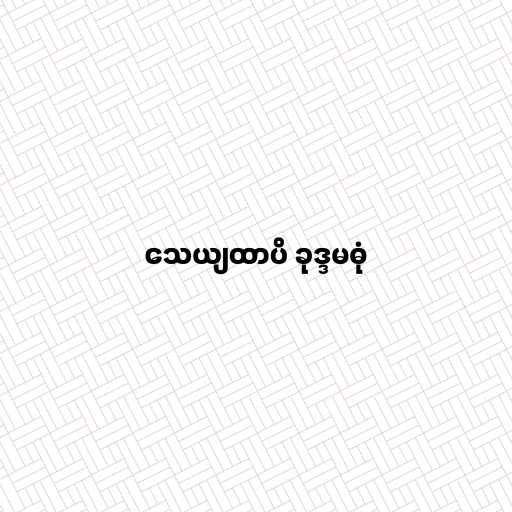
သေယျထာပိ ခုဒ္ဒမဓုံ